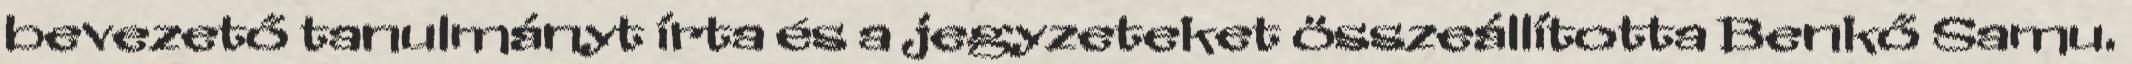
bevezető tanulmányt írta és a jegyzeteket összeállította Benkő Samu.